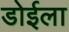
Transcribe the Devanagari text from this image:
डोईला